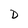
Character: D